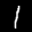
Label: 1